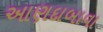
આણદાબાવા